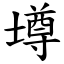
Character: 壿